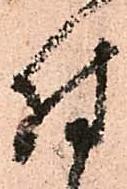
付